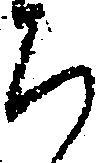
ち